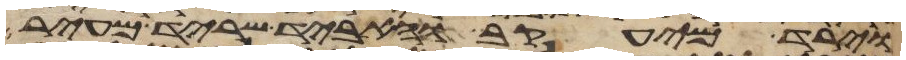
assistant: וירד מיעקב והאביד שריד מעיר